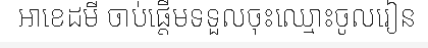
អាខេដមី ចាប់ផ្តើមទទួលចុះឈ្មោះចូលរៀន